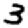
Digit: 3